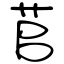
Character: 苢